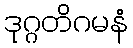
ဒုဂ္ဂတိဂမနံ